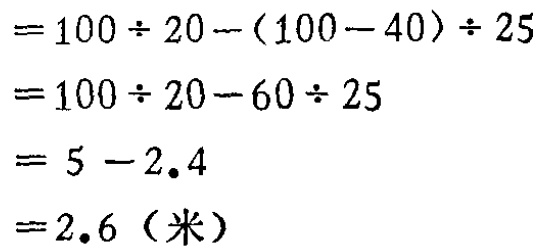
\[
\begin{align*}
&=100\div20-(100 - 40)\div25\\
&=100\div20-60\div25\\
&=5 - 2.4\\
&=2.6（米）
\end{align*}
\]